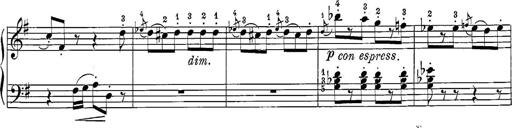
Title: 12 Sonatine per Pianoforte
Composer: Friedrich Kuhlau